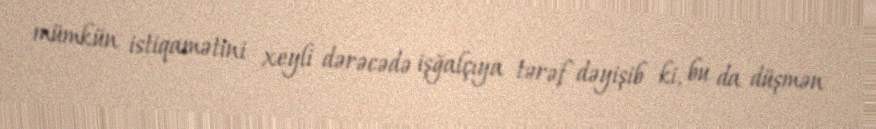
mümkün istiqamətini xeyli dərəcədə işğalçıya tərəf dəyişib ki, bu da düşmən